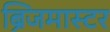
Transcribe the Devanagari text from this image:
ब्रिजमास्टर